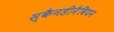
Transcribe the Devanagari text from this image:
स्कैनडीनैवियन